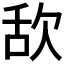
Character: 𣢯